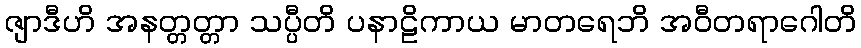
ဇျာဒီဟိ အနတ္တတ္တာ သပ္ပီတိ ပနာဠိကာယ မာတရေဘိ အဝီတရာဂေါတိ